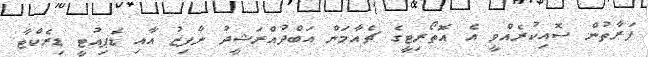
ފަރާތުން ސޮއިކުރެއްވީ އެ އޮތޯރިޓީގެ ޗެއާމަން އަބްދުއްރަޝީދު ނާފިޒު އާއި ޑެޕިއުޓީ ޑިރެކްޓާ